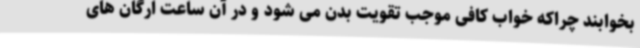
بخوابند چراکه خواب کافی موجب تقویت بدن می شود و در آن ساعت ارگان های